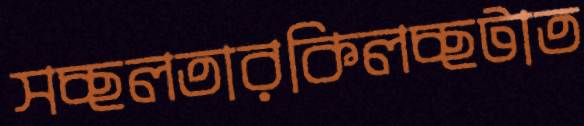
সচ্ছলতারকিলচ্ছটাত